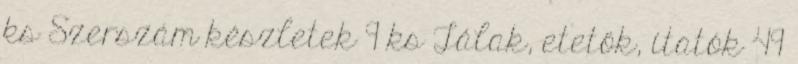
ks Szerszám készletek 9 ks Tálak, etetők, itatók 49